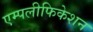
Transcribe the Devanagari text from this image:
एम्पलीफिकेशन